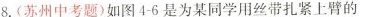
8.(苏州中考题)如图4-6是为某同学用丝带扎紧上臂